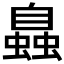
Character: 𧑉